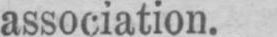
association.